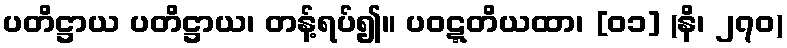
ပတိဋ္ဌာယ ပတိဋ္ဌာယ၊ တန့်ရပ်၍။ ပဝဋ္ဋတိယထာ၊ [၀၁] (နိ၊ ၂၇၀)